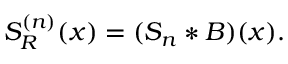
\begin{array} { r } { S _ { R } ^ { ( n ) } ( x ) = ( S _ { n } * B ) ( x ) . } \end{array}